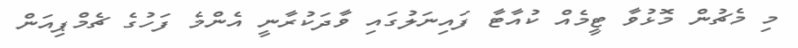
މި މެޗުން މޮޅުވާ ޓީމެއް ކުއާޓާ ފައިނަލުގައި ވާދަކުރާނީ އެންމެ ފަހުގެ ޗެމްޕިއަން